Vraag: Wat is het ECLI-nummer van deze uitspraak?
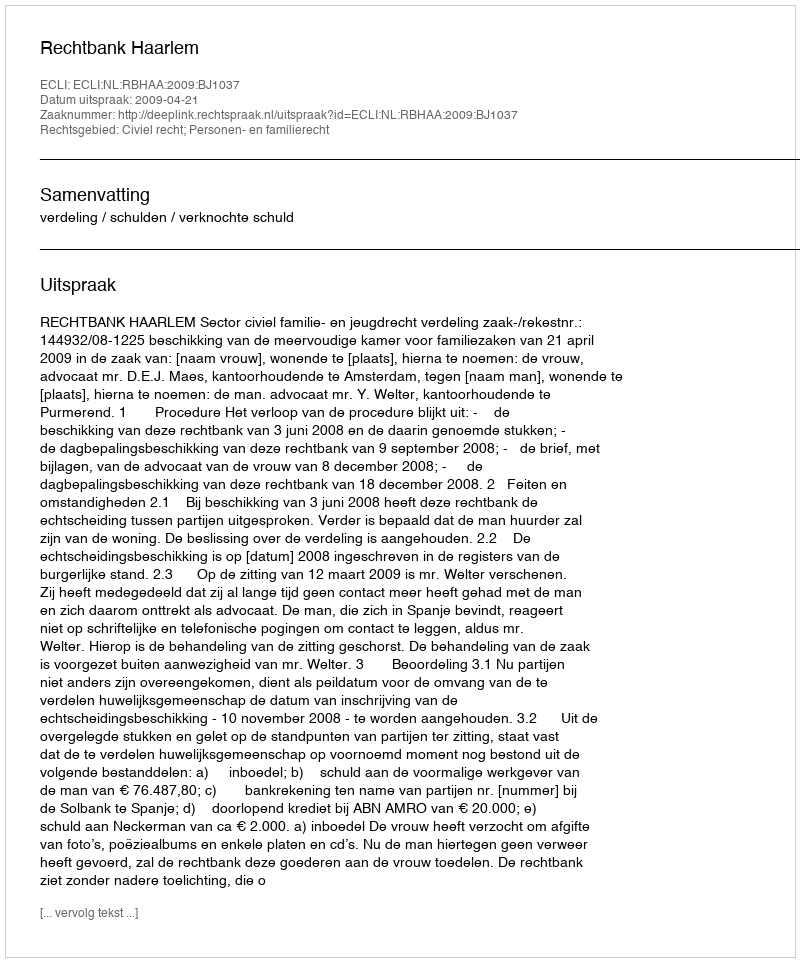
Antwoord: ECLI:NL:RBHAA:2009:BJ1037